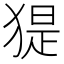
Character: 𤟥